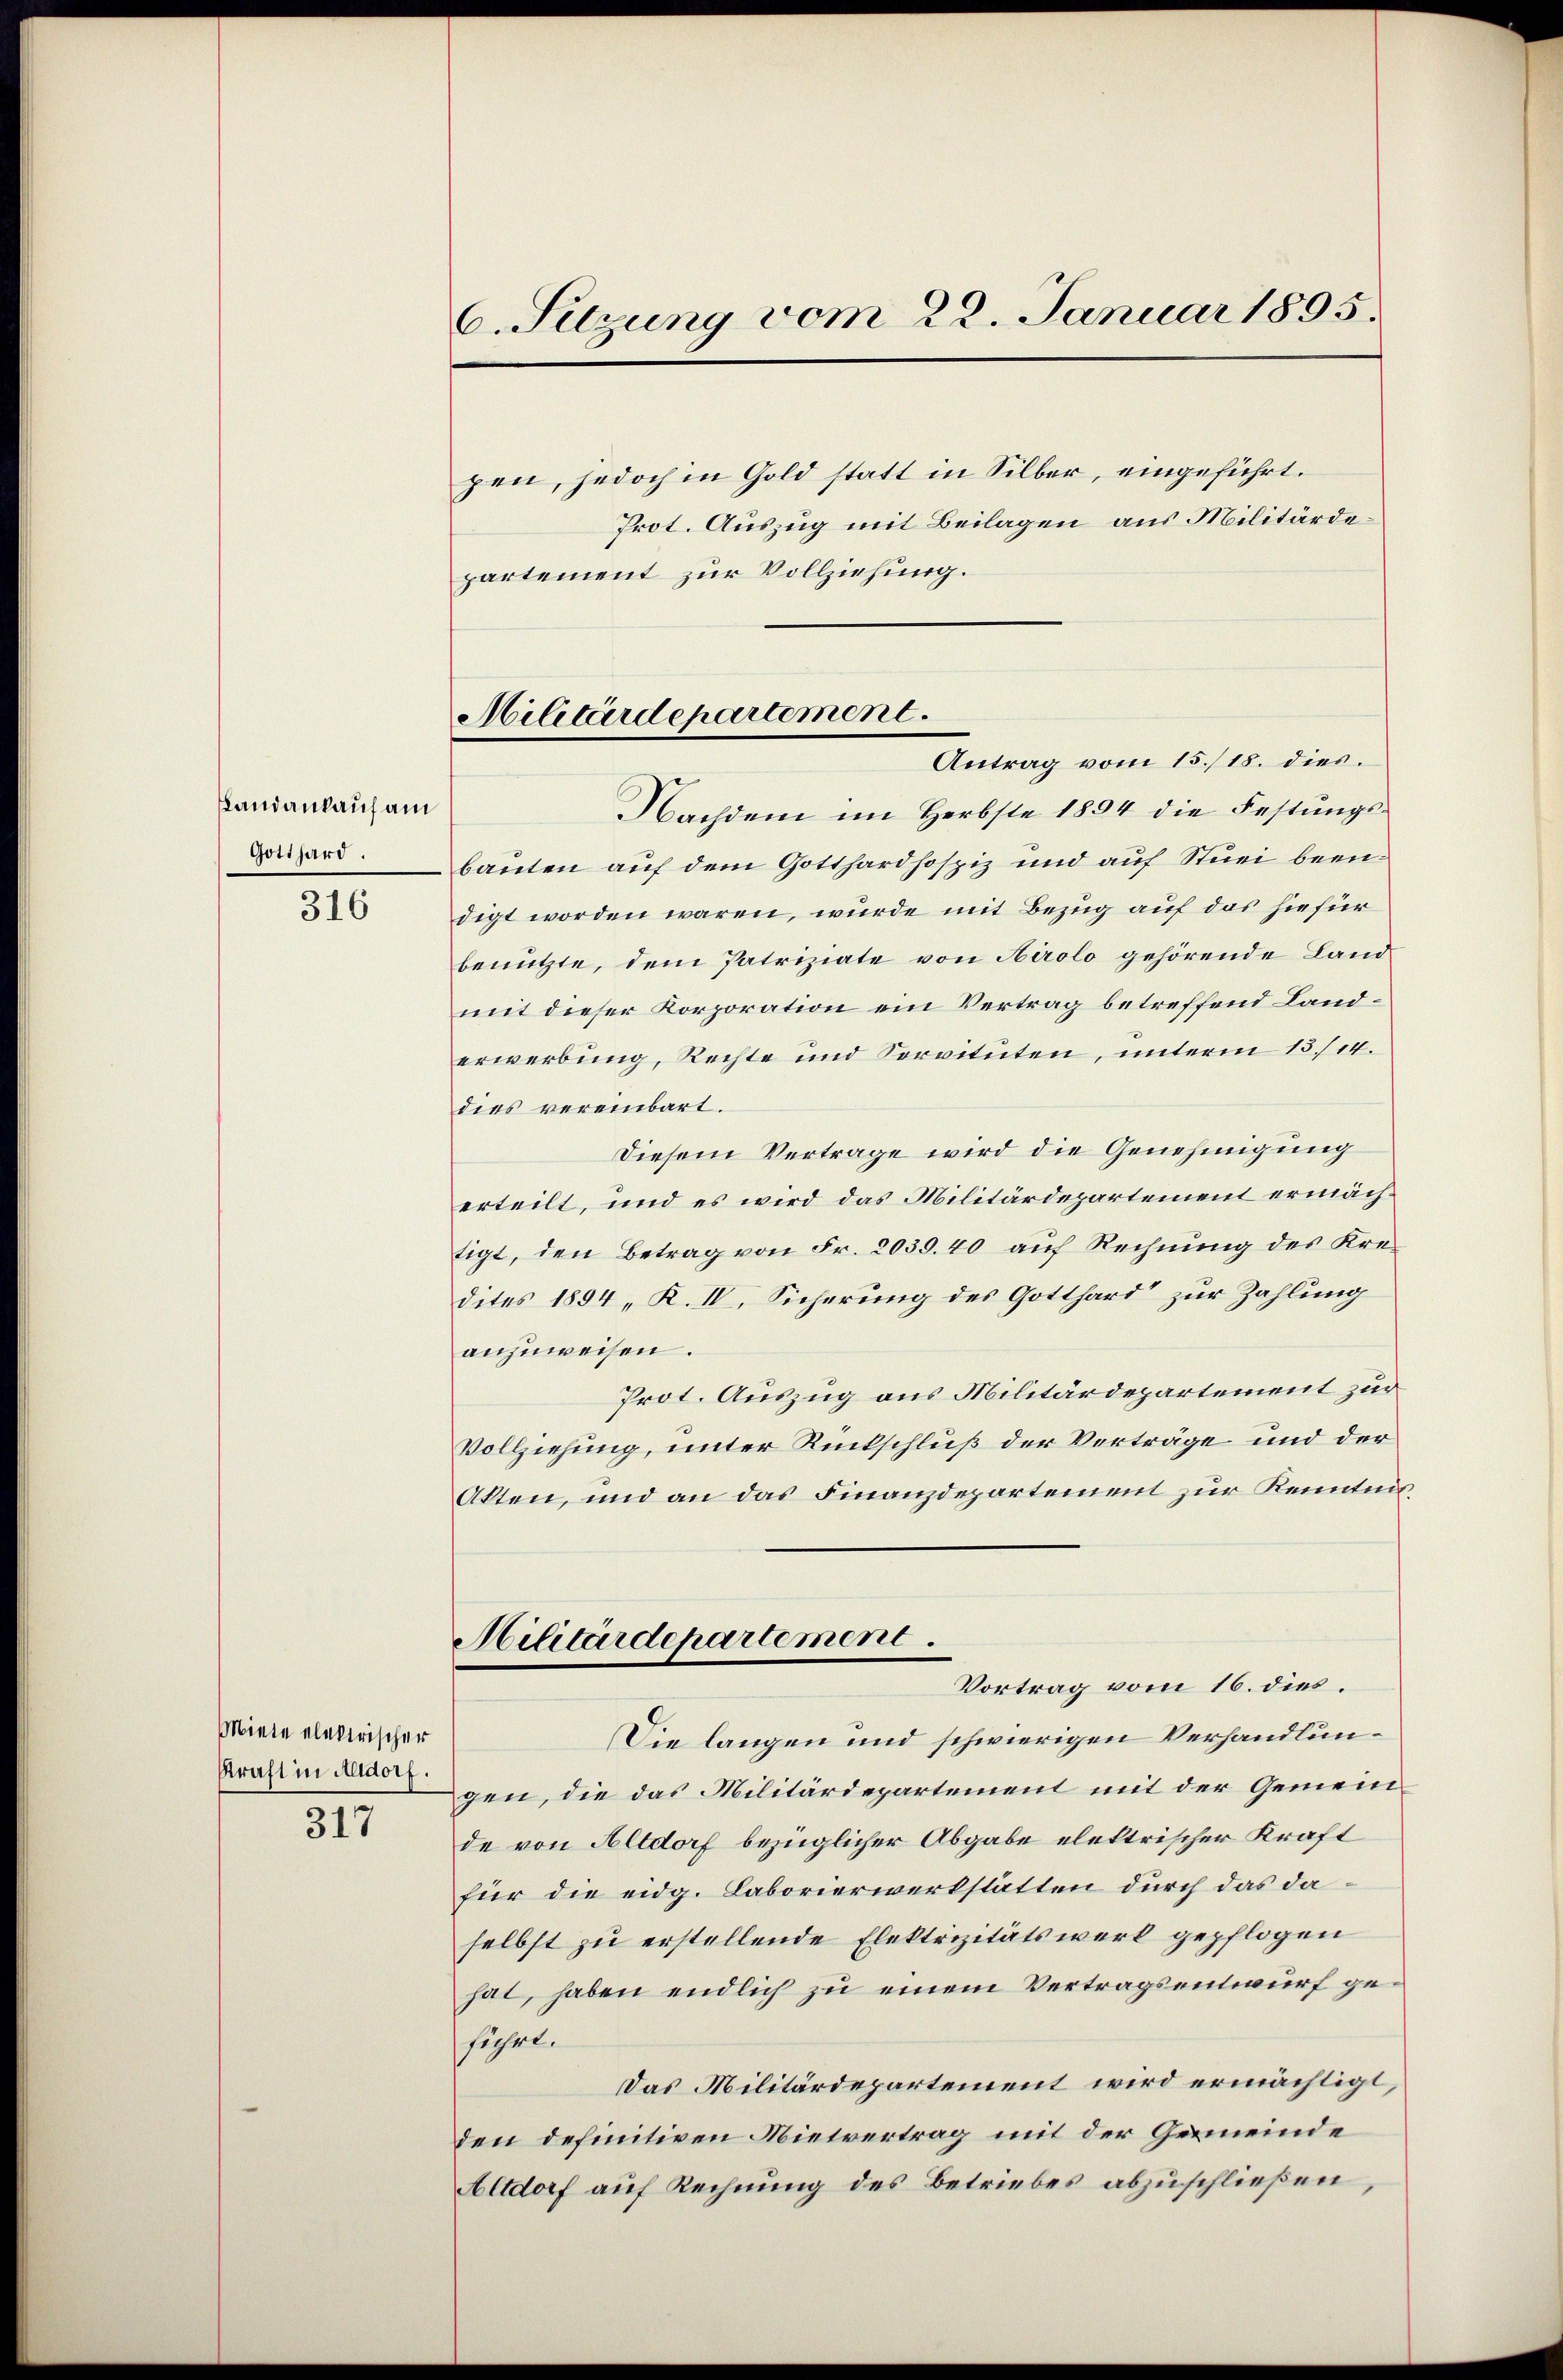
Landankauf am
Gotthard.

316

Miete elektrischer
Kraft in Altdorf.

317

6. Sitzung vom 22. Januar 1895.

pen, jedoch in Gold statt in Silber, eingeführt.
Prot. Auszug mit Beilagen aus Militärdepartement zur Vollziehung.
Nachdem im Herbste 1884 die Festungsbauten auf dem Gotthardhospiz und auf Stuei beendigt worden waren, wurde mit Bezug auf das hiefür
benutzte, dem Patriziate von Airolo gehörende Landmit dieser Korporation ein Vertrag betreffend Landerwerbung, Rechte und Sorvituten, unterm 15./14.
dies vereinbart.
Diesem Vertrage wird die Genehmigung
erteilt, und es wird das Militärdepartement ermächtigt, den Betrag von Fr. 2030. 40 auf Rechnung des Kredites 1894 „K. IV, Sicherung des Gotthard“ zur Zahlung
anzuweisen.
Prot. Auszug aus Militärdepartement zur
Vollziehung, unter Rückschluß der Verträge und der
Akten, und an das Finanzdepartement zur Kenntnis¬
Militärdepartement.
Vortrag vom 16. dies
Die langen und schwierigen Verhandlungen, die das Militärdepartement mit der Gemeinde von Altdorf bezüglicher Abgabe elektrischer Kraft
für die eidg. Laborierwerkstätten durch das daselbst zu erstellende Elektrizitätswerk gepflogen
hat, haben endlich zu einem Vertragsentwurf geführt.
Das Militärdepartement wird ermächtigt,
den definitiven Mietvertrag mit der Gemeinde
Altdorf auf Rechnung des Betriebes abzuschließen,

Militärdepartement.
Antrag vom 15./18. dies.